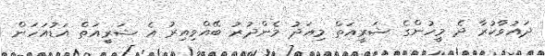
ދައުވާކުރާ ދެ މީހުންގެ ޝަރީއަތް މިއަދު މެންދުރު ބޭއްވިއިރު އެ ޝަރީއަތް އަޑުއަހަން